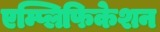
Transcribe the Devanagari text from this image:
एम्प्लिफिकेशन